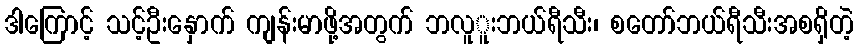
ဒါကြောင့် သင့်ဦးနှောက် ကျန်းမာဖို့အတွက် ဘလူူးဘယ်ရီသီး၊ စတော်ဘယ်ရီသီးအစရှိတဲ့